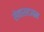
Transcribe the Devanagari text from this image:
सेवासदनम